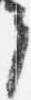
可